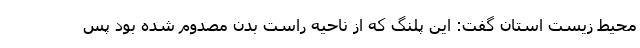
محیط زیست استان گفت: این پلنگ که از ناحیه راست بدن مصدوم شده بود پس